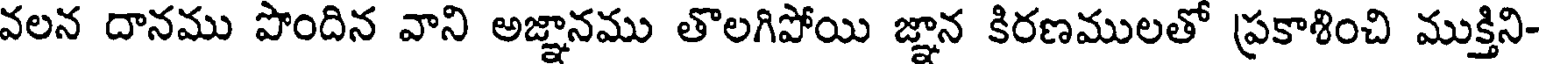
వలన దానము పొందిన వాని అజ్ఞానము తొలగిపోయి జ్ఞాన కిరణములతో ప్రకాశించి ముక్తిని-